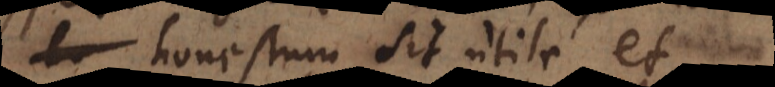
honestum sit utile, et